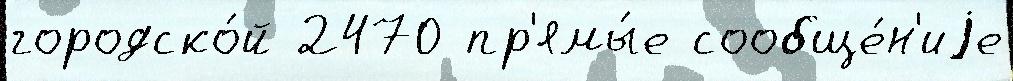
городско́й 2470 пр'ямы́е сообще́н'иjе